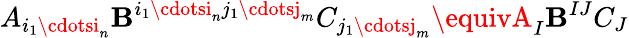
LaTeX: A_{i_{1}\cdotsi_{n}}\mathbf{B}^{i_{1}\cdotsi_{n}j_{1}\cdotsj_{m}}C_{j_{1}\cdotsj_{m}}\equivA_{I}\mathbf{B}^{IJ}C_{J}